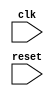
module ahb_bus_controller (
    input wire clk,
    input wire reset,
    // Additional input and output ports for data transfer and synchronization
);

reg [1:0] state;

// State machine to manage timing control and synchronization
always @(posedge clk or posedge reset) begin
    if (reset) begin
        state <= 2'b00; // Starting state
    end else begin
        case (state)
            2'b00: begin
                // Perform necessary operations for state 00
                state <= 2'b01;
            end
            2'b01: begin
                // Perform necessary operations for state 01
                state <= 2'b10;
            end
            2'b10: begin
                // Perform necessary operations for state 10
                state <= 2'b00; // Reset the state machine
            end
            default: state <= 2'b00; // Reset the state machine in case of unexpected state
        endcase
    end
end

// Additional logic for data transfer and synchronization

endmodule